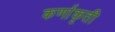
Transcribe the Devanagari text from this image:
कर्णाकृती